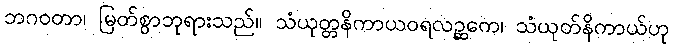
ဘဂဝတာ၊ မြတ်စွာဘုရားသည်။ သံယုတ္တနိကာယဝရလဉ္ဆကေ၊ သံယုတ်နိကာယ်ဟု